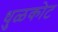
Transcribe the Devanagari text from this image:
धुळकोट